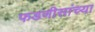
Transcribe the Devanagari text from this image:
फडणीसांच्या